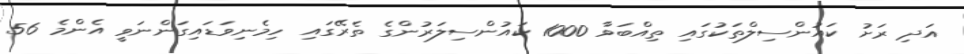
އަދި ރަށު ކައުންސިލްތަކުގައި ތިއްބަވާ 1000 ކައުންސިލަރުންގެ ތެރޭގައި ހިމެނިވަޑައިގަންނަވީ އެންމެ 56